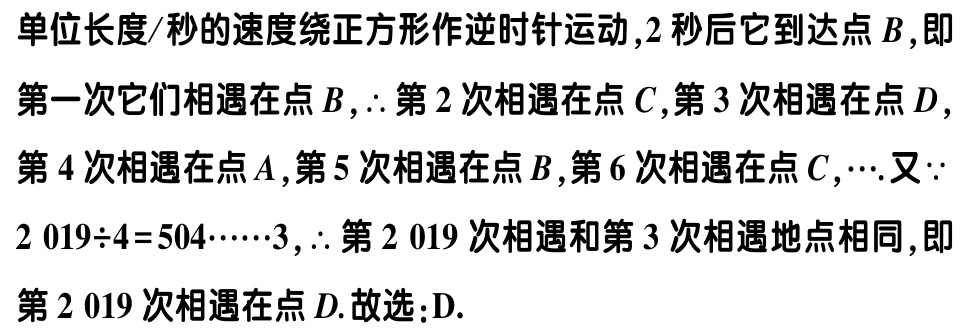
单位长度/秒的速度绕正方形作逆时针运动,2 秒后它到达点 \(B\),即

第一次它们相遇在点 \(B\),\(\therefore\) 第 2 次相遇在点 \(C\),第 3 次相遇在点 \(D\),

第 4 次相遇在点 \(A\),第 5 次相遇在点 \(B\),第 6 次相遇在点 \(C\),\(\cdots\).又 \(\because\)

\(2019\div4 = 504\cdots\cdots3\),\(\therefore\) 第 \(2019\) 次相遇和第 3 次相遇地点相同,即

第 \(2019\) 次相遇在点 \(D\). 故选:D.